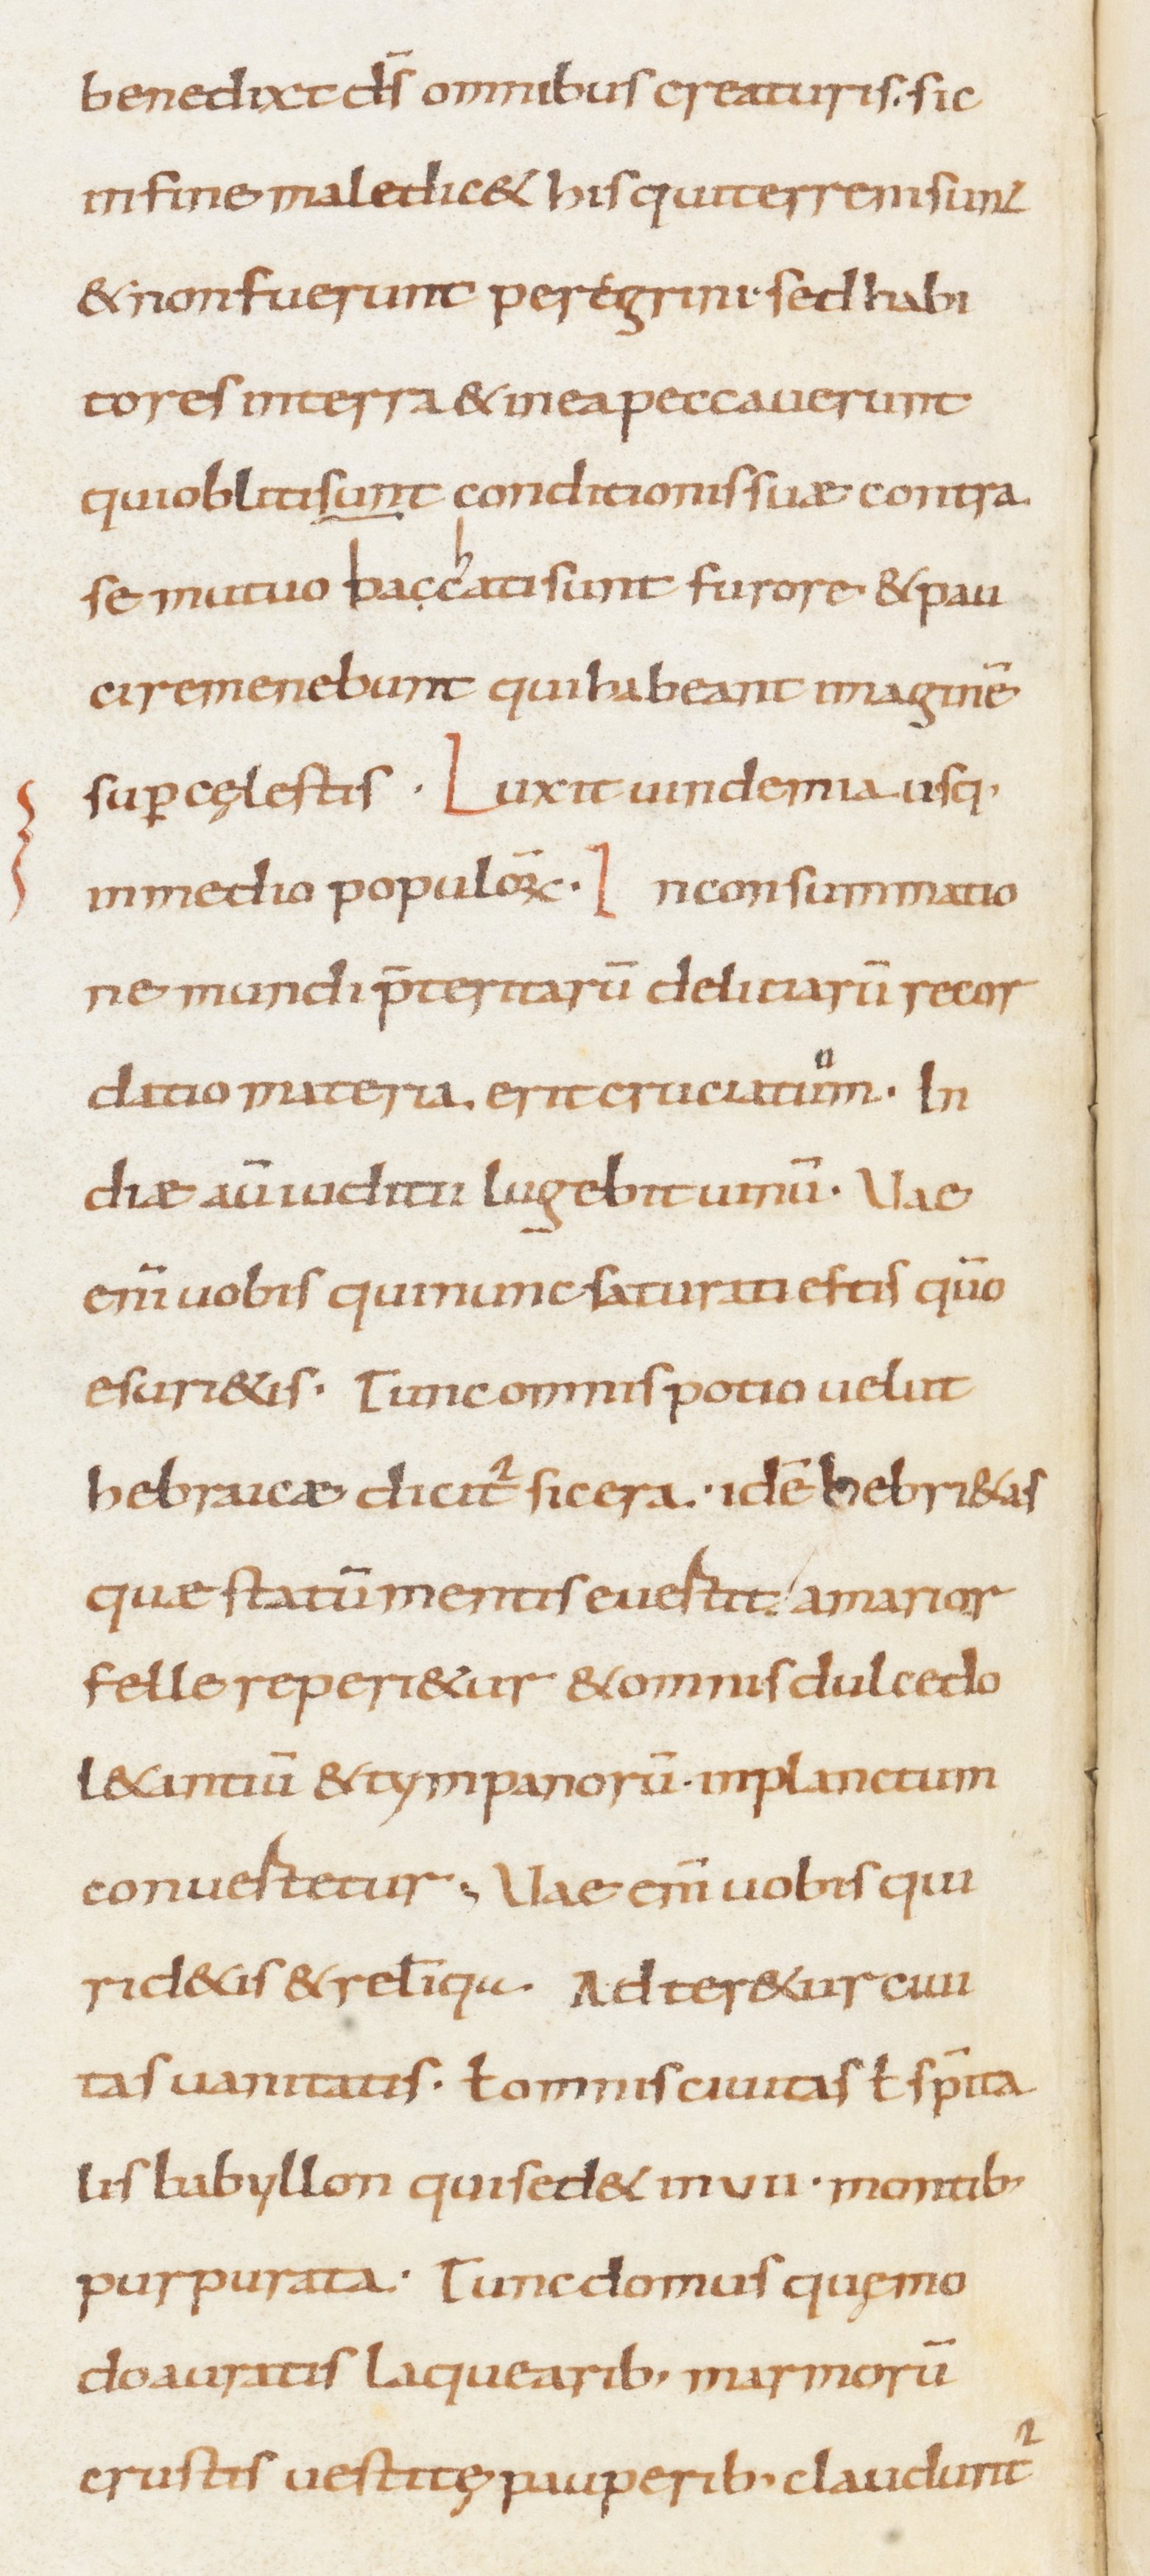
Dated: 800–899